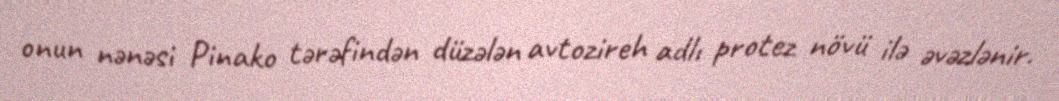
onun nənəsi Pinako tərəfindən düzələn avtozireh adlı protez növü ilə əvəzlənir.